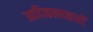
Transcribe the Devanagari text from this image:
आदिकलाकारों